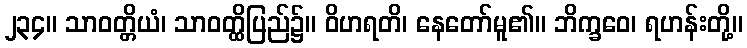
၂၃၄။ သာဝတ္တိယံ၊ သာဝတ္ထိပြည်၌။ ဝိဟရတိ၊ နေတော်မူ၏။ ဘိက္ခဝေ၊ ရဟန်းတို့။